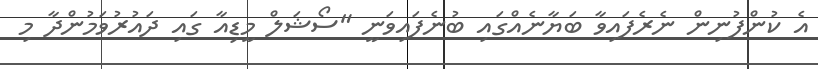
އެ ކުންފުނިން ނެރެފައިވާ ބަޔާނެއްގައި ބުނެފައިވަނީ "ސޯޝަލް މީޑިއާ ގައި ދައުރުވަމުންދާ މި